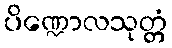
ပိဏ္ဍောလသုတ္တံ